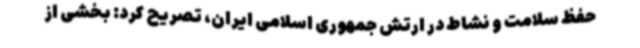
حفظ سلامت و نشاط در ارتش جمهوری اسلامی ایران، تصریح کرد: بخشی از